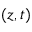
( z , t )